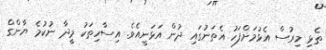
ތެޅި މިރުސް އެޅުމަށްފަހު އެތަނުގައި ދުން އަޅަނީއެވެ. އިސާހިތަކު މީދާ ނުކުމެ ޔާންގް